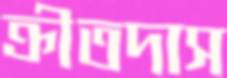
ক্রীতদাস